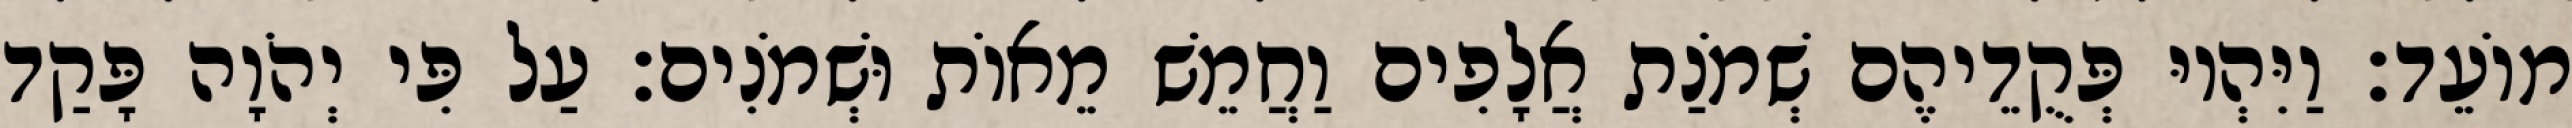
מוֹעֵד׃ וַיִּהְיוּ פְּקֻדֵיהֶם שְׁמֹנַת אֲלָפִים וַחֲמֵשׁ מֵאוֹת וּשְׁמֹנִים׃ עַל פִּי יְהֹוָה פָּקַד